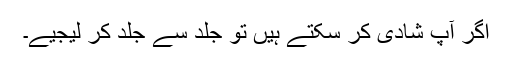
اگر آپ شادی کر سکتے ہیں تو جلد سے جلد کر لیجیے۔